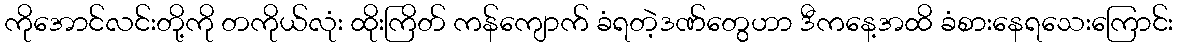
ကိုအောင်လင်းတို့ကို တကိုယ်လုံး ထိုးကြိတ် ကန်ကျောက် ခံရတဲ့ဒဏ်တွေဟာ ဒီကနေ့အထိ ခံစားနေရသေးကြောင်း